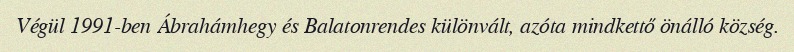
Végül 1991-ben Ábrahámhegy és Balatonrendes különvált, azóta mindkettő önálló község.